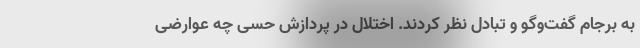
به برجام گفت‌وگو و تبادل نظر کردند. اختلال در پردازش حسی چه عوارضی